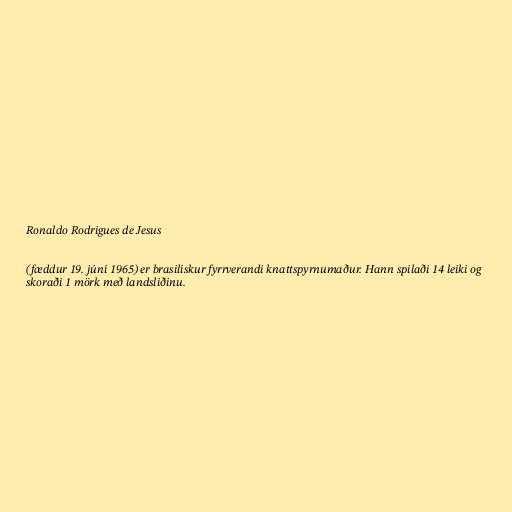
Ronaldo Rodrigues de Jesus

(fæddur 19. júní 1965) er brasilískur fyrrverandi knattspyrnumaður. Hann spilaði 14 leiki og
skoraði 1 mörk með landsliðinu.